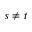
s \neq t